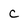
Character: c